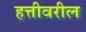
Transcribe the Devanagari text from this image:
हत्तीवरील